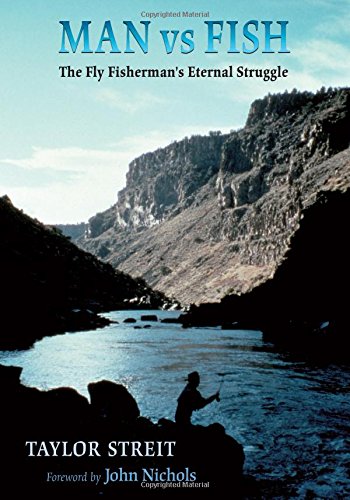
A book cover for Man vs Fish: The Fly Fisherman's Eternal Struggle; Taylor Streit; Humor & Entertainment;